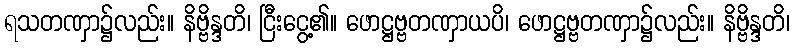
ရသတဏှာ၌လည်း။ နိဗ္ဗိန္ဒတိ၊ ငြီးငွေ့၏။ ဖောဋ္ဌဗ္ဗတဏှာယပိ၊ ဖောဋ္ဌဗ္ဗတဏှာ၌လည်း။ နိဗ္ဗိန္ဒတိ၊